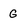
Character: G